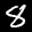
Label: 8